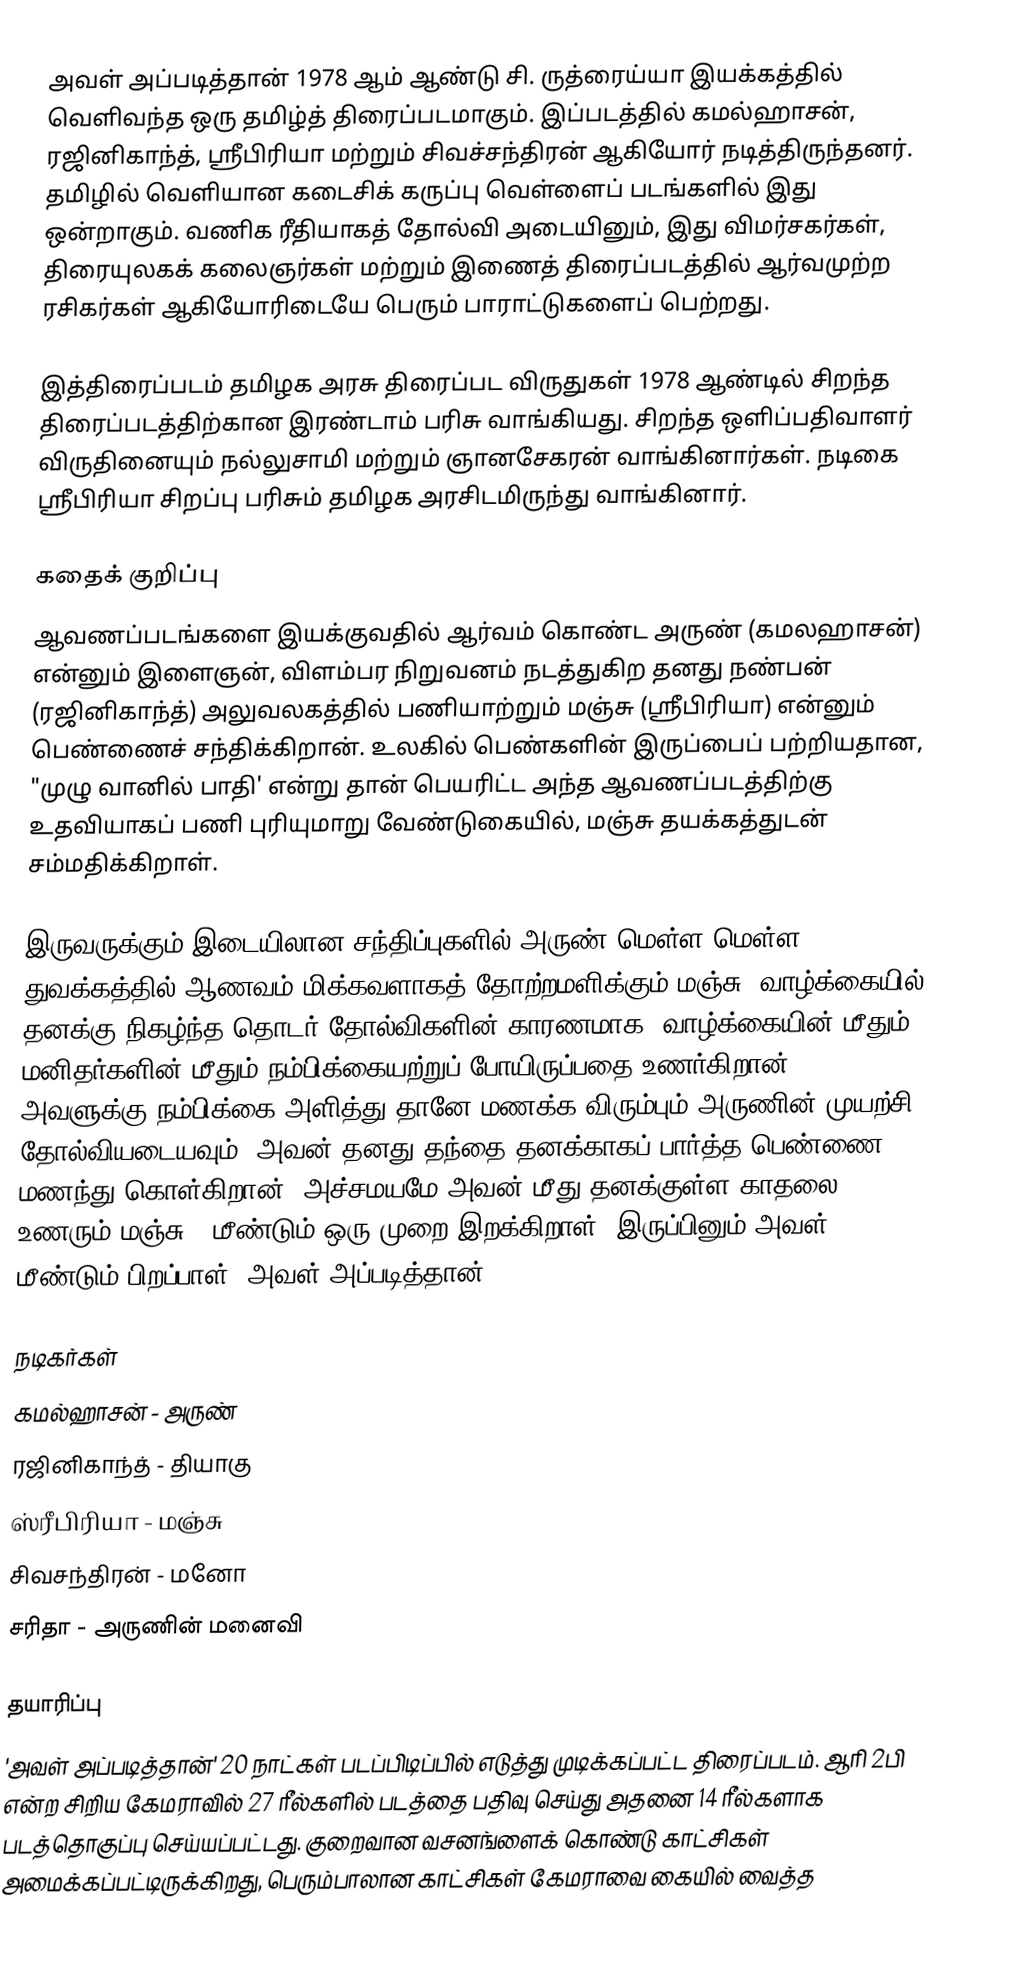
அவள் அப்படித்தான் 1978 ஆம் ஆண்டு சி. ருத்ரைய்யா இயக்கத்தில் வெளிவந்த ஒரு தமிழ்த் திரைப்படமாகும். இப்படத்தில் கமல்ஹாசன், ரஜினிகாந்த், ஸ்ரீபிரியா மற்றும் சிவச்சந்திரன் ஆகியோர் நடித்திருந்தனர். தமிழில் வெளியான கடைசிக் கருப்பு வெள்ளைப் படங்களில் இது ஒன்றாகும். வணிக ரீதியாகத் தோல்வி அடையினும், இது விமர்சகர்கள், திரையுலகக் கலைஞர்கள் மற்றும் இணைத் திரைப்படத்தில் ஆர்வமுற்ற ரசிகர்கள் ஆகியோரிடையே பெரும் பாராட்டுகளைப் பெற்றது.

இத்திரைப்படம் தமிழக அரசு திரைப்பட விருதுகள் 1978 ஆண்டில் சிறந்த திரைப்படத்திற்கான இரண்டாம் பரிசு வாங்கியது. சிறந்த ஒளிப்பதிவாளர் விருதினையும் நல்லுசாமி மற்றும் ஞானசேகரன் வாங்கினார்கள். நடிகை ஸ்ரீபிரியா சிறப்பு பரிசும் தமிழக அரசிடமிருந்து வாங்கினார்.

கதைக் குறிப்பு
ஆவணப்படங்களை இயக்குவதில் ஆர்வம் கொண்ட அருண் (கமலஹாசன்) என்னும் இளைஞன், விளம்பர நிறுவனம் நடத்துகிற தனது நண்பன் (ரஜினிகாந்த்) அலுவலகத்தில் பணியாற்றும் மஞ்சு (ஸ்ரீபிரியா) என்னும் பெண்ணைச் சந்திக்கிறான். உலகில் பெண்களின் இருப்பைப் பற்றியதான, "முழு வானில் பாதி' என்று தான் பெயரிட்ட அந்த ஆவணப்படத்திற்கு உதவியாகப் பணி புரியுமாறு வேண்டுகையில், மஞ்சு தயக்கத்துடன் சம்மதிக்கிறாள்.

இருவருக்கும் இடையிலான சந்திப்புகளில் அருண் மெள்ள மெள்ள, துவக்கத்தில் ஆணவம் மிக்கவளாகத் தோற்றமளிக்கும் மஞ்சு, வாழ்க்கையில் தனக்கு நிகழ்ந்த தொடர் தோல்விகளின் காரணமாக, வாழ்க்கையின் மீதும், மனிதர்களின் மீதும் நம்பிக்கையற்றுப் போயிருப்பதை உணர்கிறான். அவளுக்கு நம்பிக்கை அளித்து தானே மணக்க விரும்பும் அருணின் முயற்சி தோல்வியடையவும், அவன் தனது தந்தை தனக்காகப் பார்த்த பெண்ணை மணந்து கொள்கிறான். அச்சமயமே அவன் மீது தனக்குள்ள காதலை உணரும் மஞ்சு, "மீண்டும் ஒரு முறை இறக்கிறாள். இருப்பினும் அவள் மீண்டும் பிறப்பாள். அவள் அப்படித்தான்."

நடிகர்கள்
 கமல்ஹாசன் - அருண்
 ரஜினிகாந்த் - தியாகு
 ஸ்ரீபிரியா - மஞ்சு
 சிவசந்திரன் - மனோ
 சரிதா - அருணின் மனைவி

தயாரிப்பு
'அவள் அப்படித்தான்' 20 நாட்கள் படப்பிடிப்பில் எடுத்து முடிக்கப்பட்ட திரைப்படம். ஆரி 2பி என்ற சிறிய கேமராவில் 27 ரீல்களில் படத்தை பதிவு செய்து அதனை 14 ரீல்களாக படத்தொகுப்பு செய்யப்பட்டது. குறைவான வசனங்ளைக் கொண்டு காட்சிகள் அமைக்கப்பட்டிருக்கிறது, பெரும்பாலான காட்சிகள் கேமராவை கையில் வைத்த